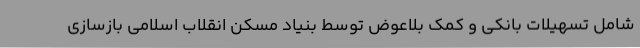
شامل تسهیلات بانکی و کمک بلاعوض توسط بنیاد مسکن انقلاب اسلامی بازسازی